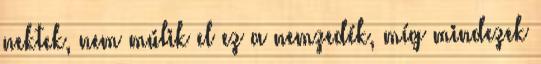
nektek, nem múlik el ez a nemzedék, míg mindezek